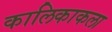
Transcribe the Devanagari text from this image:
कालिकाकला